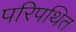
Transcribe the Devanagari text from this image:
परिपथित